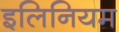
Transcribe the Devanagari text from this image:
इलिनियम